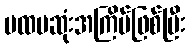
ပထမဆုံးအကြိမ်ဖြစ်ပြီး